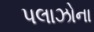
પલાઝોના